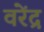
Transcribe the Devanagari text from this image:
वरेंद्र